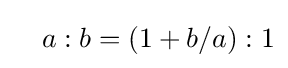
\quad a:b=(1+b/a):1